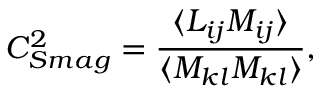
C _ { S m a g } ^ { 2 } = \frac { \langle L _ { i j } M _ { i j } \rangle } { \langle M _ { k l } M _ { k l } \rangle } ,